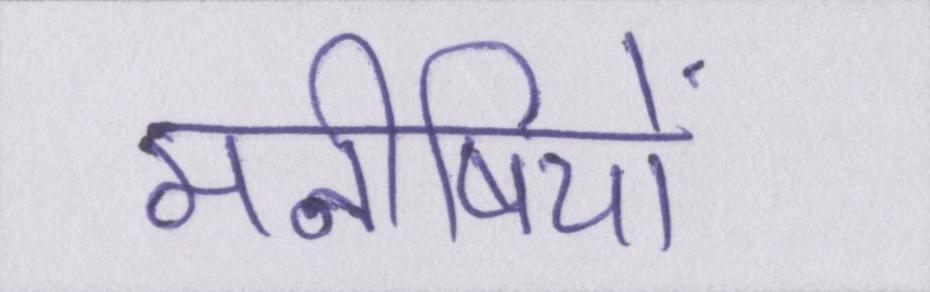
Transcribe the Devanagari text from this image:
मनीषियों